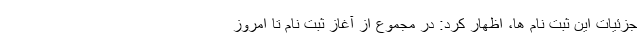
جزئیات این ثبت نام ها، اظهار کرد: در مجموع از آغاز ثبت نام تا امروز